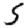
Digit: 5